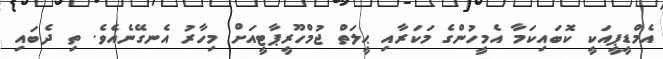
އެމްޑީޕީއަކީ ކޮބައިކަމާ އެމީހުންގެ މަކަރާއި ޙީލަތް ޖުމްހޫރީޕާޓީއަށް މިހާރު އެނގޭނެއެވެ. ތި ދެބައި